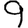
Digit: 9